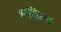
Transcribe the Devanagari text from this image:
अहिहय